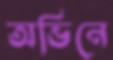
অভিনে